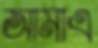
আমাএ